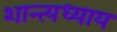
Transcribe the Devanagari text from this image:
शान्त्यध्याय